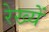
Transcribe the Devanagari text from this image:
रेख्यें